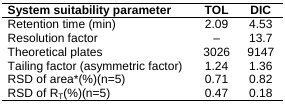
| System suitability parameter | TOL | DIC |
 | --- | --- | --- |
 | Retention time (min) | 2.09 | 4.53 |
 | Resolution factor | – | 13.7 |
 | Theoretical plates | 3026 | 9147 |
 | Tailing factor (asymmetric factor) | 1.24 | 1.36 |
 | RSD of area*(%)(n=5) | 0.71 | 0.82 |
 | RSD of RT(%)(n=5) | 0.47 | 0.18 |